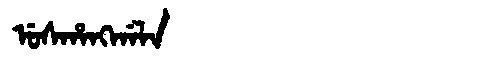
Manchu: ᡠᠰᡥᠠᠩᡤᠠᠯᠠ
Romanization: USHANGGALA